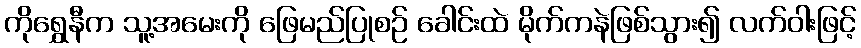
ကိုရွှေနီက သူ့အမေးကို ဖြေမည်ပြုစဉ် ခေါင်းထဲ မိုက်ကနဲဖြစ်သွား၍ လက်ဝါးဖြင့်